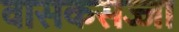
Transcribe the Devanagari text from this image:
वासकसज्जा